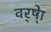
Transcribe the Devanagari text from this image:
वर्ष्‍ेा